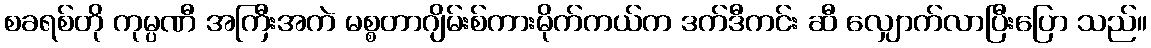
စခရစ်တို ကုမ္ပဏီ အကြီးအကဲ မစ္စတာဂျိမ်းစ်ကားမိုက်ကယ်က ဒက်ဒီကင်း ဆီ လျှောက်လာပြီးပြော သည်။